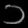
Digit: ၁